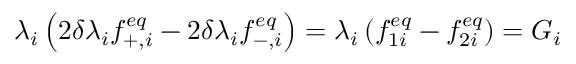
\lambda { _ i } \left( 2 \delta \lambda _ { i } f _ { + , i } ^ { e q } - 2 \delta \lambda _ { i } f _ { - , i } ^ { e q } \right) = \lambda _ { i } \left( f _ { 1 i } ^ { e q } - f _ { 2 i } ^ { e q } \right) = G _ { i }